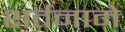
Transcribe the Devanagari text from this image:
शर्तनामे